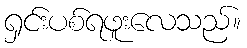
ရှင်းပစ်ရဖူးလေသည်။